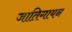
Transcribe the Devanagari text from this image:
जातिगायन